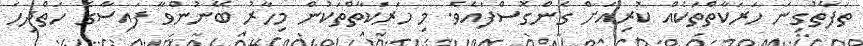
ތަފާތުގިނަ ހަރަކާތްތަކެއް ކުރިއަށް ގެންގޮސްފައެވެ. މި ހަރަކާތްތަކުން މިހާރު ބޭނުންވާ ފައިސާގެ ހަތްދިހަ